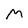
Character: M